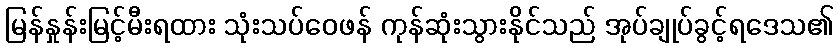
မြန်နှုန်းမြင့်မီးရထား သုံးသပ်ဝေဖန် ကုန်ဆုံးသွားနိုင်သည် အုပ်ချုပ်ခွင့်ရဒေသ၏